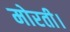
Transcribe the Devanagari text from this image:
मोरती।